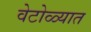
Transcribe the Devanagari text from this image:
वेटोळ्यात